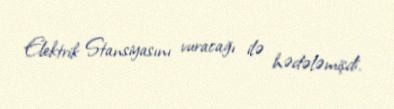
Elektrik Stansiyasını vuracağı ilə hədələmişdi.